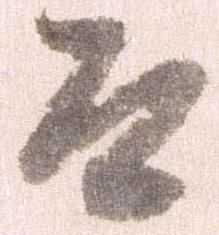
そ